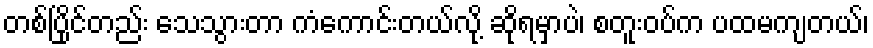
တစ်ပြိုင်တည်း သေသွားတာ ကံကောင်းတယ်လို့ ဆိုရမှာပဲ၊ စတူးဝပ်က ပထမကျတယ်၊